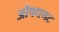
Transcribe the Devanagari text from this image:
औषधगट